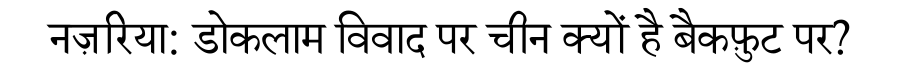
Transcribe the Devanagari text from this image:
नज़रिया: डोकलाम विवाद पर चीन क्यों है बैकफ़ुट पर?